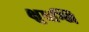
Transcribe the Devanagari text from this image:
क्षुधग्नि